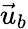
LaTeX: \vec{u}_{b}